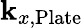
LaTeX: \mathbf{k}_{x,\textrm{{Plate}}}